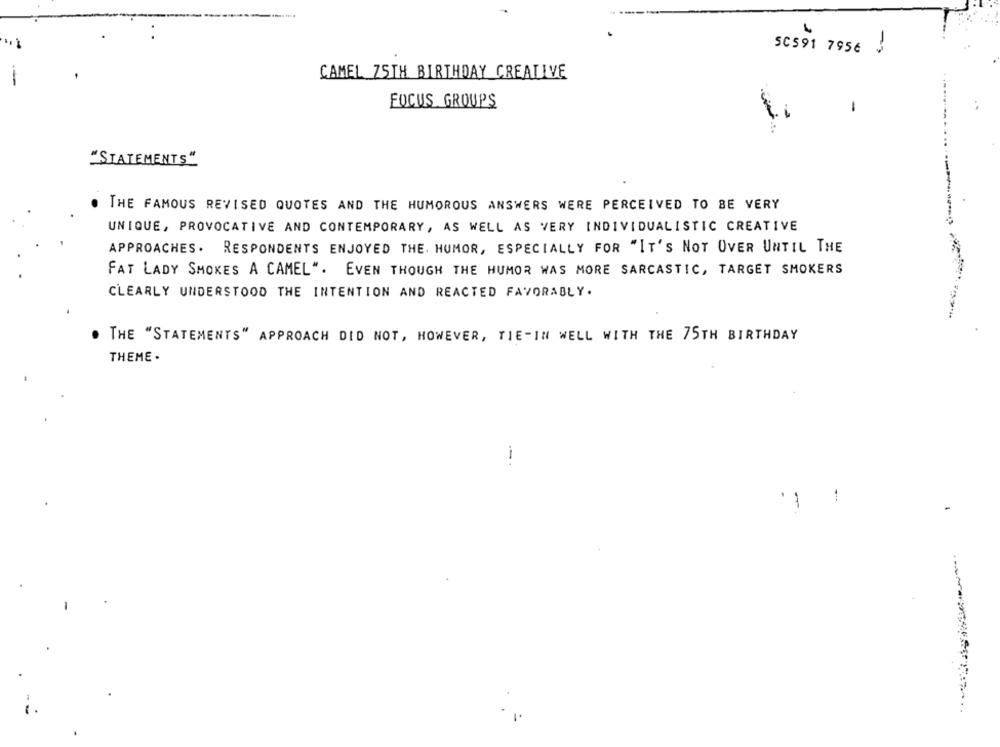
SCS91 7956 :
CAMEL Z5TH BIRTHDAY CREATIVE
FOCUS GROUPS
1
"STATEMENTS"
THE FAMOUS REVISED QUOTES AND THE HUMOROUS ANSWERS WERE PERCEIVED TO BE VERY
UNIQUE, PROVOCATIVE AND CONTEMPORARY, AS WELL AS VERY INDIVIDUALISTIC CREATIVE
APPROACHES. RESPONDENTS ENJOYED THE. HUMOR, ESPECIALLY FOR "IT'S NOT OVER UNTIL THE
------
FAT LADY SMOKES A CAMEL". EVEN THOUGH THE HUMOR WAS MORE SARCASTIC, TARGET SMOKERS
CLEARLY UNDERSTOOD THE INTENTION AND REACTED FAVORABLY.
THE "STATEMENTS" APPROACH DID NOT, HOWEVER, TIE-IN WELL WITH THE 75TH BIRTHDAY
THEME .
--.
-.
-